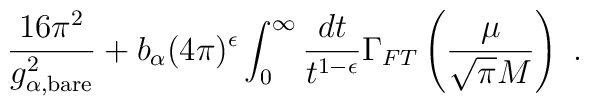
\frac{16\pi^2}{g_{\alpha,{\scriptstyle\rm bare}}^2} +b_\alpha(4\pi)^\epsilon\int_0^\infty\frac{dt}{t^{1-\epsilon}}\Gamma_{FT}\left(\frac{\mu}{\sqrt{\pi} M}\right)\ .